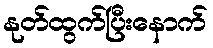
နုတ်ထွက်ပြီးနောက်